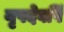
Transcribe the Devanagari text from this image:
नृपदेवर्षि